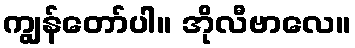
ကျွန်တော်ပါ။ အိုလီဗာလေ။